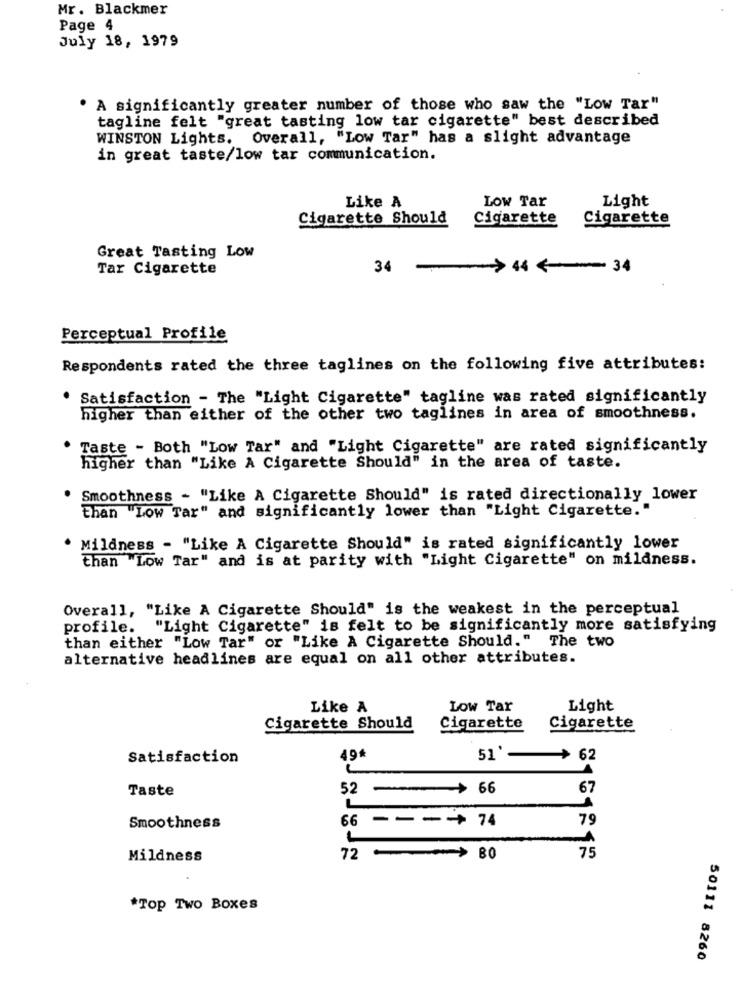
Mr. Blackmer
Page 4
July 18, 1979
A significantly greater number of those who saw the "Low Tar"
tagline felt "great tasting low tar cigarette" best described
WINSTON Lights. Overall, "Low Tar" has a slight advantage
in great taste/low tar communication.
Like A
Low Tar
Light
Cigarette Should
Cigarette
Cigarette
Great Tasting Low
Tar Cigarette
34 ->44 34
Perceptual Profile
Respondents rated the three taglines on the following five attributes:
Satisfaction - The "Light Cigarette" tagline was rated significantly
higher than either of the other two taglines in area of smoothness.
Taste - Both "Low Tar" and "Light Cigarette" are rated significantly
higher than "Like A Cigarette Should" in the area of taste.
Smoothness - "Like A Cigarette Should" is rated directionally lower
than "Low Tar" and significantly lower than "Light Cigarette."
Mildness - "Like A Cigarette Should" is rated significantly lower
than "Low Tar" and is at parity with "Light Cigarette" on mildness.
Overall, "Like A Cigarette Should" is the weakest in the perceptual
profile.
"Light Cigarette" is felt to be significantly more satisfying
than either "Low Tar" or "Like A Cigarette Should." The two
alternative headlines are equal on all other attributes.
Like A
Low Tar
Light
Cigarette Should
Cigarette
Cigarette
Satisfaction
49%
51'-> 62
Taste
52 -> 66
67
L
66 --- 74
79
Smoothness
Mildness
72 > BO
75
*Top Two Boxes
50111 8260